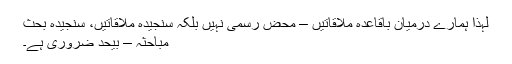
لہٰذا ہمارے درمیان باقاعدہ ملاقاتیں – محض رسمی نہیں بلکہ سنجیدہ ملاقاتیں، سنجیدہ بحث
مباحثہ – بیحد ضروری ہے۔